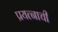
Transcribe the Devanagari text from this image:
प्रयत्नाची